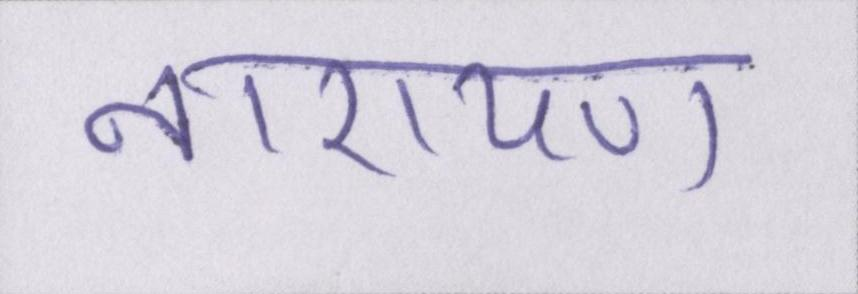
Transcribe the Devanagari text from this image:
नारायण